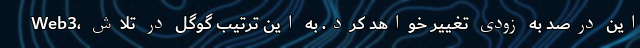
Web3، این درصد به زودی تغییر خواهد کرد. به این ترتیب گوگل در تلاش